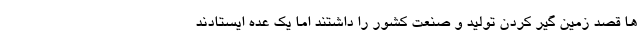
ها قصد زمین گیر کردن تولید و صنعت کشور را داشتند اما یک عده ایستادند